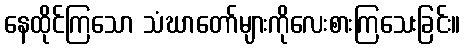
နေထိုင်ကြသော သံဃာတော်များကိုလေးစားကြသေးခြင်း။